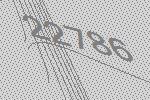
22786